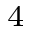
^ 4